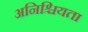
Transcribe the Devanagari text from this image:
अनिश्चियता